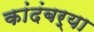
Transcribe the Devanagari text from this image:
कांदंबर्‍या